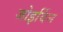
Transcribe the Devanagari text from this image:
जोइर्विन